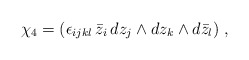
\begin{align*}\chi_4 = (\epsilon_{ijkl} \, \bar{z}_i \, dz_j \wedge dz_k \wedge d\bar{z}_l) \ ,\end{align*}